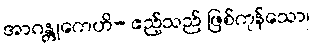
အာဂန္တုကေဟိ- ဧည့်သည် ဖြစ်ကုန်သော၊